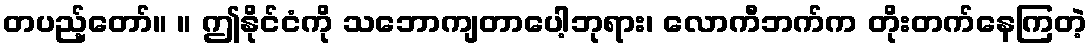
တပည့်တော်။ ။ ဤနိုင်ငံကို သဘောကျတာပေါ့ဘုရား၊ လောကီဘက်က တိုးတက်နေကြတဲ့